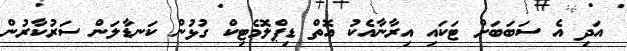
އަދި އެ ސަބަބަށް ޓަކައި އިރާނާއެކު އޮތް ޑިޕްލޮމެޓިކް ގުޅުން ކަނޑާލަން ސަރުކާރުން